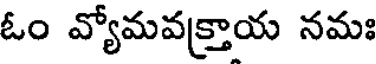
ఓం వ్యోమవక్రాయ నమః